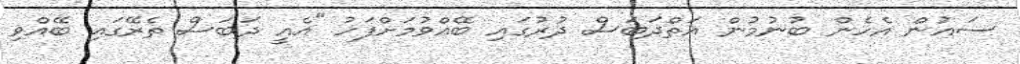
ސައުން އެހެން ބުނުމުން އަތްދަބަސް ދުރުގައި ބޭއްވުމަށްފަހު "އެއީ ދަބަސް ތެރޭގައި ބޭއްވި